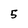
Character: 5